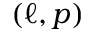
( \ell , p )